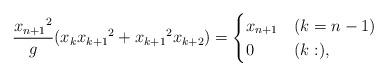
LaTeX: \begin{align*} \frac{{x_{n+1}}^2}{g} (x_{k}{x_{k+1}}^2+{x_{k+1}}^2x_{k+2})=\begin{cases}x_{n+1} & (k=n-1)\\0 & (k:),\end{cases}\end{align*}